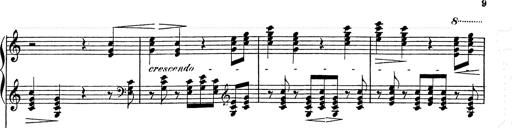
Title: Festvorspiel
Composer: Franz Liszt